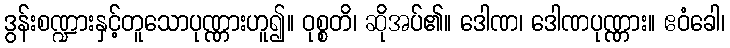
ဒွန်းစဏ္ဍားနှင့်တူသောပုဏ္ဏားဟူ၍။ ဝုစ္စတိ၊ ဆိုအပ်၏။ ဒေါဏ၊ ဒေါဏပုဏ္ဏား။ ဧဝံခေါ၊